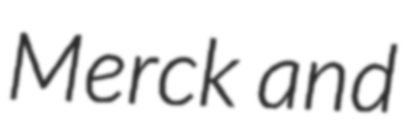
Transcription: Merck and